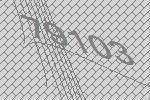
79103